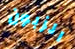
الزبون